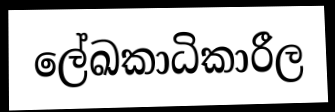
ලේඛකාධිකාරීල